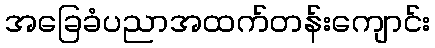
အခြေခံပညာအထက်တန်းကျောင်း